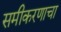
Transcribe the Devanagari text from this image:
समीकरणाचा